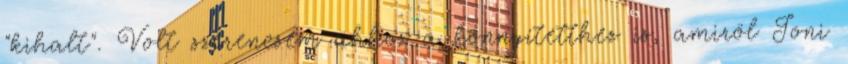
"kihalt". Volt szerencsém ahhoz a könnyítetthez is, amiröl Joni